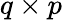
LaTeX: q\times p